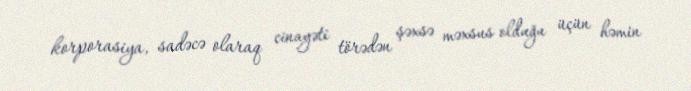
korporasiya, sadəcə olaraq cinayəti törədən şəxsə məxsus olduğu üçün həmin